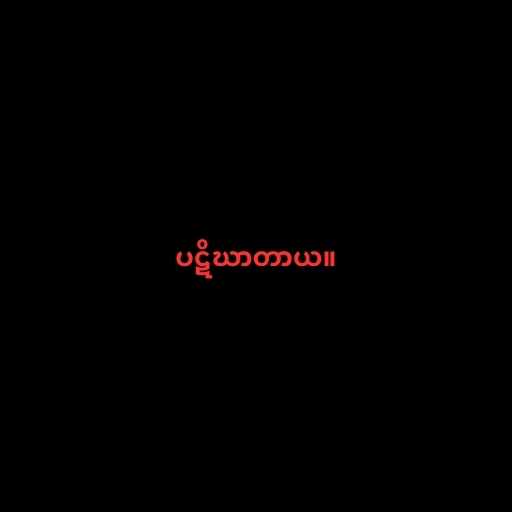
ပဋိဃာတာယ။